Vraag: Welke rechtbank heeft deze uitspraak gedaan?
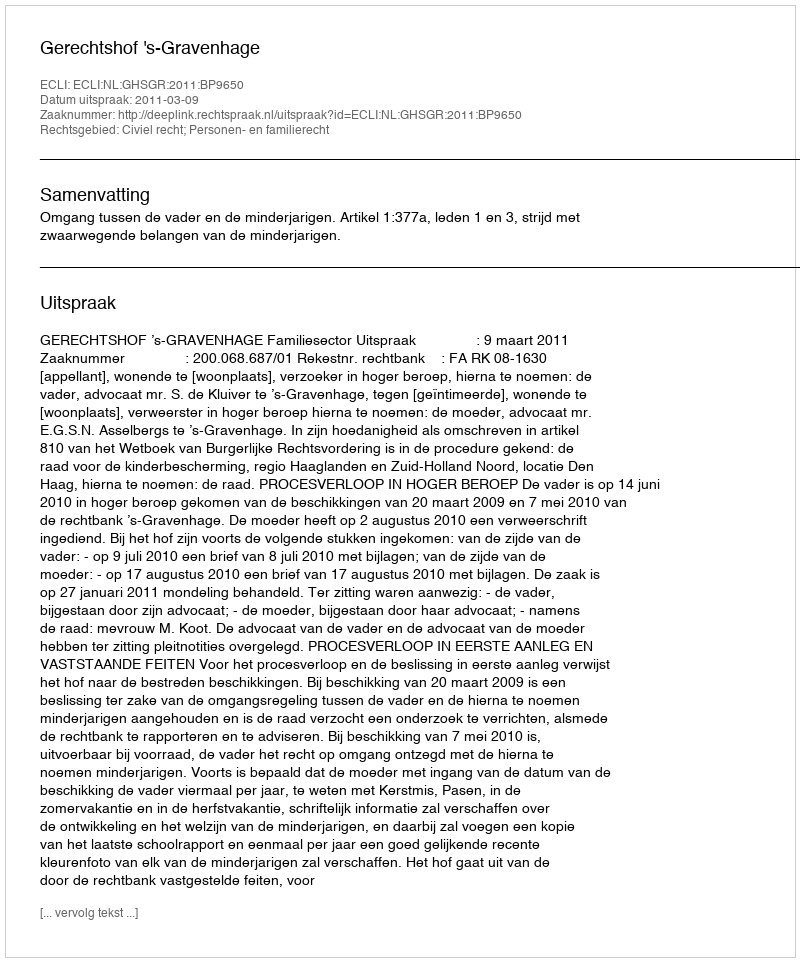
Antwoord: Gerechtshof 's-Gravenhage